Lunatic asylums Burma 1922-24 - 1922-1924
Year: 1922
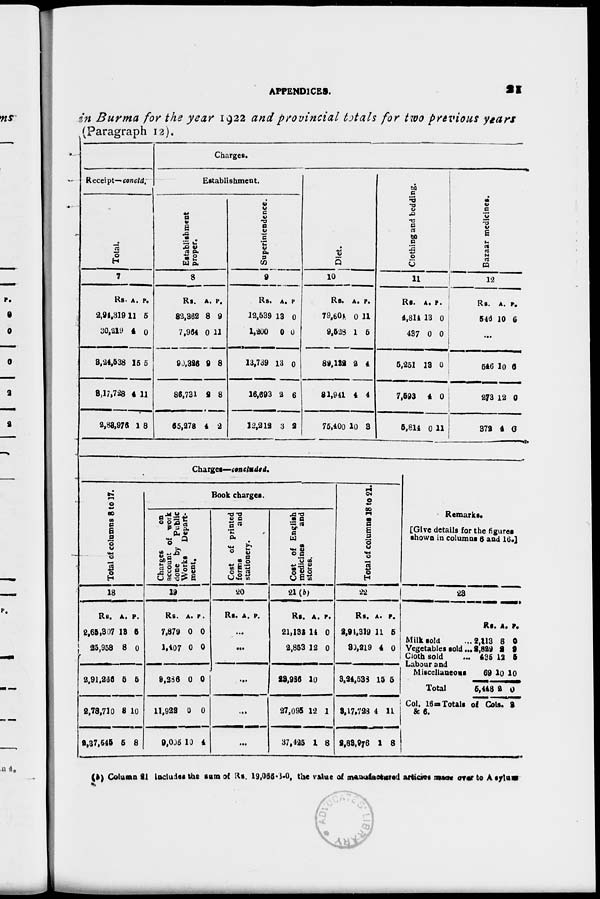
APPENDICES.
21
in Burma for the year 1922 and provincial totals for two previous years
(Paragraph 12).
Receipts— concld.
Total.
7
Rs.
2,94,319
30,219
3,24,538
3,17,728
2,88,976
A.
11
4
15
4
1
P.
5
0
5
11
8
Charges.
Establishment.
Establishment
proper.
8
Rs.
82,362
7,964
90,326
86,731
65,278
A.
8
0
9
2
4
P.
9
11
8
8
2
Superintendence.
9
Rs.
12,539
1,200
13,739
16,693
12,212
A.
13
0
13
2
3
P.
0
0
0
6
2
Diet.
10
Rs.
79,604
9,528
89,132
81,941
75,400
A.
0
1
2
4
10
P.
11
5
4
4
3
Clothing and bedding.
11
Rs.
4,814
437
5,251
7,693
5,814
A.
13
0
13
4
0
P.
0
0
0
0
11
Bazaar medicines.
12
Rs.
546
A.
10
P.
6
...
546
273
372
10
12
4
6
0
0
Charges—concluded.
Total of columns 8 to 17.
18
Rs.
2,65,307
25,958
2,91,236
2,78,710
2,37,545
A.
13
8
5
8
5
P.
5
0
5
10
8
Book charges.
Charges
on
account of work
done by Public
Works
Depart-
ment.
19
Rs.
7,879
1,407
9,286
11,922
9,005
A.
0
0
0
0
10
P.
0
0
0
0
4
Cost of printed
forms
and
stationery.
20
Rs. A. P.
...
...
...
...
...
Cost of English
medicines
and
stores.
21(b)
Rs.
21,132
2,853
23,986
27,095
37,425
A.
14
12
10
12
1
P.
0
0
1
8
Total of columns 18 to 21.
22
Rs.
2,94,319
30,219
3,24,538
3,17,728
2,88,976
A.
11
4
15
4
1
P.
5
0
5
11
8
Remarks.
[Give details for the figures
shown in columns 6 and 16.]
23
Milk sold ...
Vegetables sold ...
Cloth sold
...
Labour and
Miscellaneous
Total
Rs.
2,113
2,829
435
69
5,448
A.
8
2
12
10
2
P.
0
3
6
10
0
Col. 16-Totals of Cols. 3
& 6.
(b) Column 21 includes the sum of Rs. 19,065-3-0, the value of manufactured articles made over to Asylums.